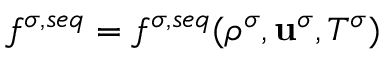
f ^ { \sigma , s e q } = f ^ { \sigma , s e q } ( \rho ^ { \sigma } , \mathbf { u } ^ { \sigma } , T ^ { \sigma } )